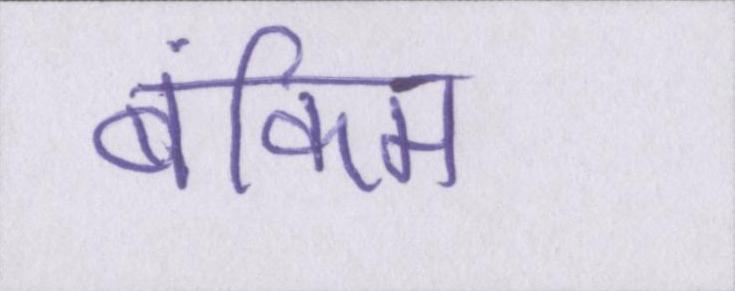
बंकिम